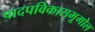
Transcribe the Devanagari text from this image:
पादपविकासभूगोल